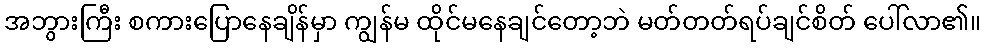
အဘွားကြီး စကားပြောနေချိန်မှာ ကျွန်မ ထိုင်မနေချင်တော့ဘဲ မတ်တတ်ရပ်ချင်စိတ် ပေါ်လာ၏။